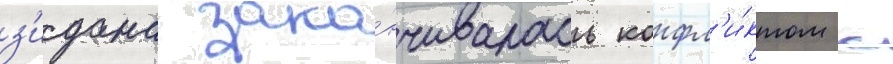
з'идана зака́нчивалась конфл'и́ктом с